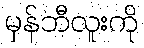
မှန်ဘီလူးကို